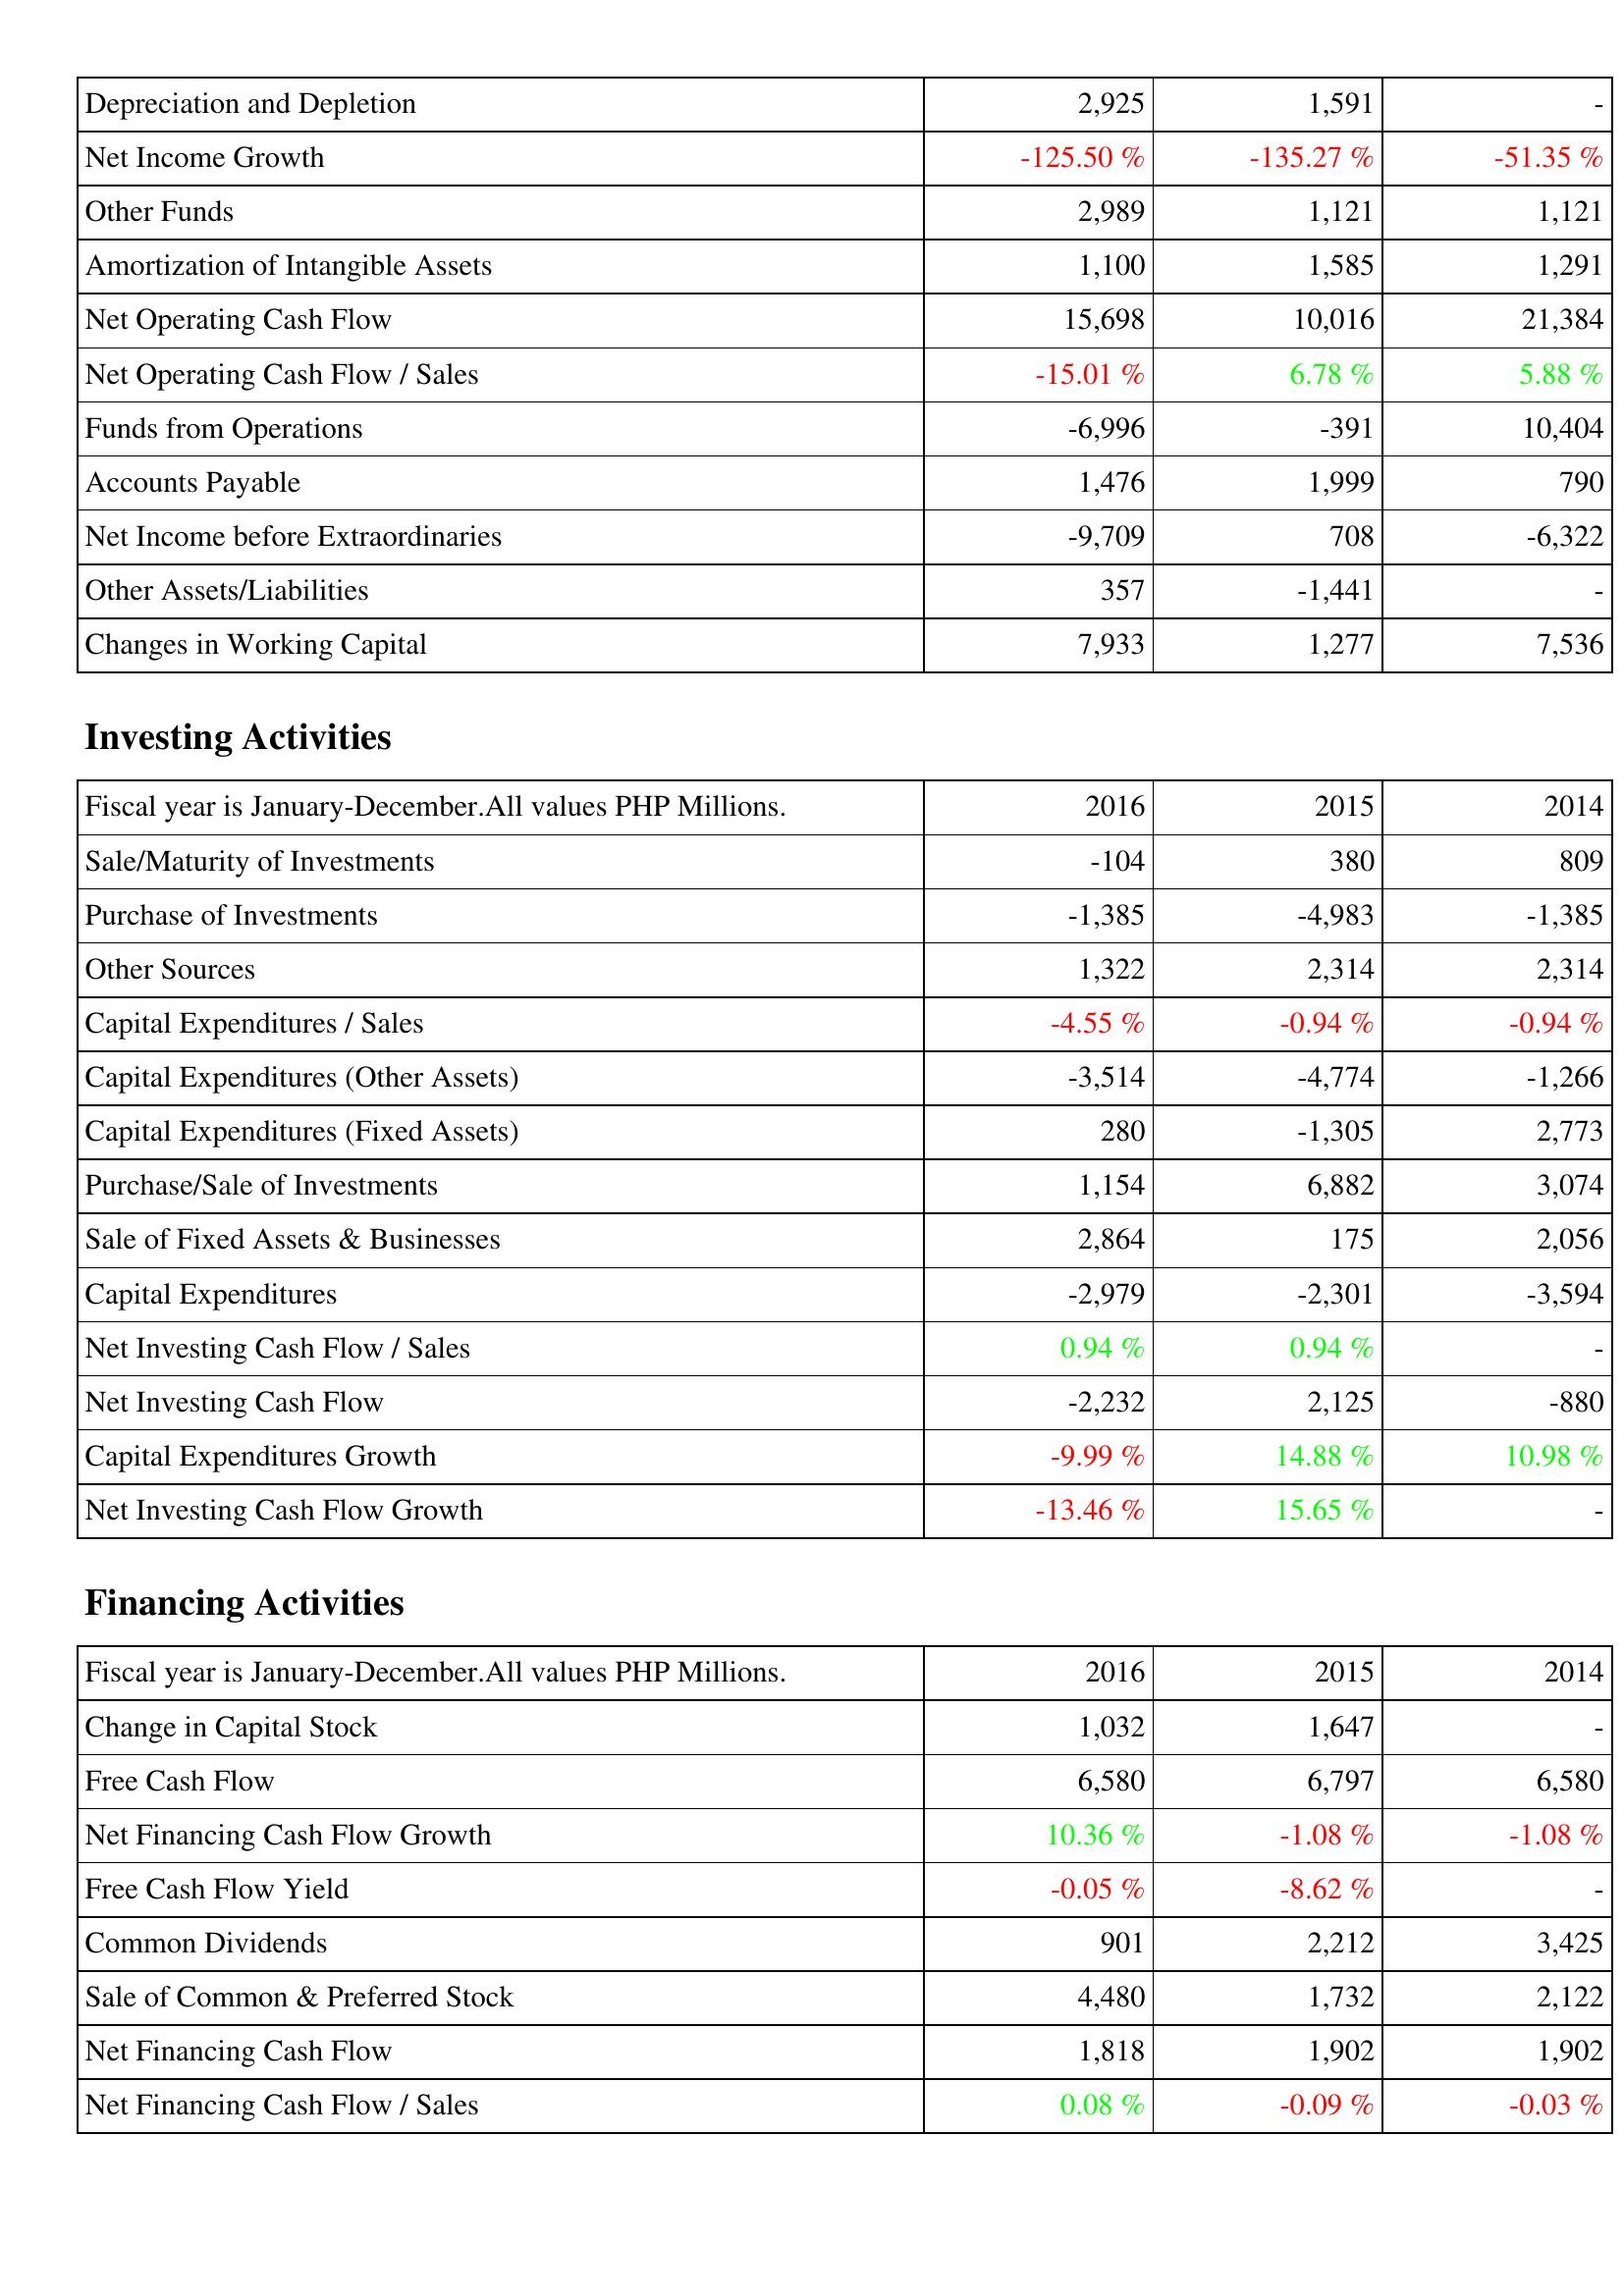
2016: Operating Activities: Depreciation and Depletion: 2,925
Net Income Growth: -125.50 %
Other Funds: 2,989
Amortization of Intangible Assets: 1,100
Net Operating Cash Flow: 15,698
Net Operating Cash Flow / Sales: -15.01 %
Funds from Operations: -6,996
Accounts Payable: 1,476
Net Income before Extraordinaries: -9,709
Other Assets/Liabilities: 357
Changes in Working Capital: 7,933
Investing Activities: Sale/Maturity of Investments: -104
Purchase of Investments: -1,385
Other Sources: 1,322
Capital Expenditures / Sales: -4.55 %
Capital Expenditures (Other Assets): -3,514
Capital Expenditures (Fixed Assets): 280
Purchase/Sale of Investments: 1,154
Sale of Fixed Assets & Businesses: 2,864
Capital Expenditures: -2,979
Net Investing Cash Flow / Sales: 0.94 %
Net Investing Cash Flow: -2,232
Capital Expenditures Growth: -9.99 %
Net Investing Cash Flow Growth: -13.46 %
Financing Activities: Change in Capital Stock: 1,032
Free Cash Flow: 6,580
Net Financing Cash Flow Growth: 10.36 %
Free Cash Flow Yield: -0.05 %
Common Dividends: 901
Sale of Common & Preferred Stock: 4,480
Net Financing Cash Flow: 1,818
Net Financing Cash Flow / Sales: 0.08 %
2015: Operating Activities: Depreciation and Depletion: 1,591
Net Income Growth: -135.27 %
Other Funds: 1,121
Amortization of Intangible Assets: 1,585
Net Operating Cash Flow: 10,016
Net Operating Cash Flow / Sales: 6.78 %
Funds from Operations: -391
Accounts Payable: 1,999
Net Income before Extraordinaries: 708
Other Assets/Liabilities: -1,441
Changes in Working Capital: 1,277
Investing Activities: Sale/Maturity of Investments: 380
Purchase of Investments: -4,983
Other Sources: 2,314
Capital Expenditures / Sales: -0.94 %
Capital Expenditures (Other Assets): -4,774
Capital Expenditures (Fixed Assets): -1,305
Purchase/Sale of Investments: 6,882
Sale of Fixed Assets & Businesses: 175
Capital Expenditures: -2,301
Net Investing Cash Flow / Sales: 0.94 %
Net Investing Cash Flow: 2,125
Capital Expenditures Growth: 14.88 %
Net Investing Cash Flow Growth: 15.65 %
Financing Activities: Change in Capital Stock: 1,647
Free Cash Flow: 6,797
Net Financing Cash Flow Growth: -1.08 %
Free Cash Flow Yield: -8.62 %
Common Dividends: 2,212
Sale of Common & Preferred Stock: 1,732
Net Financing Cash Flow: 1,902
Net Financing Cash Flow / Sales: -0.09 %
2014: Operating Activities: Depreciation and Depletion: -
Net Income Growth: -51.35 %
Other Funds: 1,121
Amortization of Intangible Assets: 1,291
Net Operating Cash Flow: 21,384
Net Operating Cash Flow / Sales: 5.88 %
Funds from Operations: 10,404
Accounts Payable: 790
Net Income before Extraordinaries: -6,322
Other Assets/Liabilities: -
Changes in Working Capital: 7,536
Investing Activities: Sale/Maturity of Investments: 809
Purchase of Investments: -1,385
Other Sources: 2,314
Capital Expenditures / Sales: -0.94 %
Capital Expenditures (Other Assets): -1,266
Capital Expenditures (Fixed Assets): 2,773
Purchase/Sale of Investments: 3,074
Sale of Fixed Assets & Businesses: 2,056
Capital Expenditures: -3,594
Net Investing Cash Flow / Sales: -
Net Investing Cash Flow: -880
Capital Expenditures Growth: 10.98 %
Net Investing Cash Flow Growth: -
Financing Activities: Change in Capital Stock: -
Free Cash Flow: 6,580
Net Financing Cash Flow Growth: -1.08 %
Free Cash Flow Yield: -
Common Dividends: 3,425
Sale of Common & Preferred Stock: 2,122
Net Financing Cash Flow: 1,902
Net Financing Cash Flow / Sales: -0.03 %